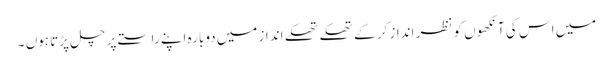
میں اس کی آنکھوں کو نظر انداز کر کے تھکے تھکے انداز میں دوبارہ اپنے راستے پر چل پڑتا ہوں ۔